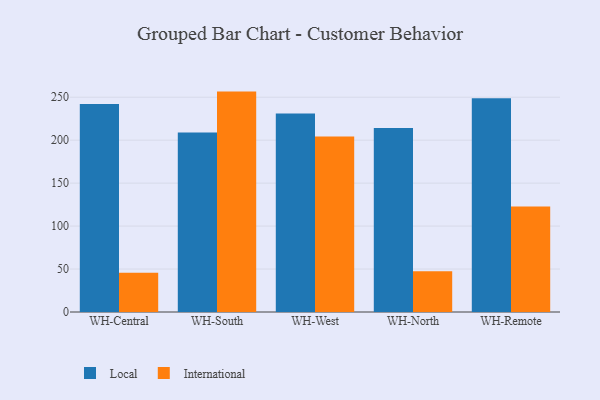
{"axis": {"x": "Warehouse", "y": "Humidity (%)"}, "legend": ["International", "Local"], "data": [{"x": "WH-Central", "y": 242.0, "type": "Local"}, {"x": "WH-Central", "y": 45.7, "type": "International"}, {"x": "WH-South", "y": 208.8, "type": "Local"}, {"x": "WH-South", "y": 256.5, "type": "International"}, {"x": "WH-West", "y": 231.1, "type": "Local"}, {"x": "WH-West", "y": 204.3, "type": "International"}, {"x": "WH-North", "y": 214.2, "type": "Local"}, {"x": "WH-North", "y": 47.4, "type": "International"}, {"x": "WH-Remote", "y": 248.7, "type": "Local"}, {"x": "WH-Remote", "y": 122.9, "type": "International"}]}